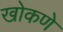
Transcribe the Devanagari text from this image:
खोकणे